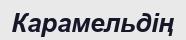
Карамельдің